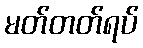
မတ်တတ်ရပ်